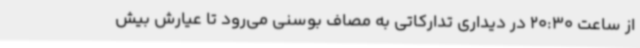
از ساعت 20:30 در دیداری تدارکاتی به مصاف بوسنی می‌رود تا عیارش بیش